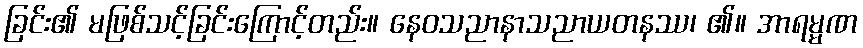
ခြင်း၏ မဖြစ်သင့်ခြင်းကြောင့်တည်း။ နေဝသညာနာသညာယတနဿ၊ ၏။ အာရမ္မဏ